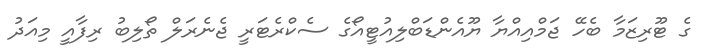
ގެ ޓޫރިޒަމާ ބެހޭ ޖަމްއިއްޔާ ޔޫއެންޑަބްލިއުޓީއޯގެ ސެކްރެޓަރީ ޖެނެރަލް ތޯލިބު ރިފާއީ މިއަދު